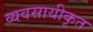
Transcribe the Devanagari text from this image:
व्यवसायीकृत